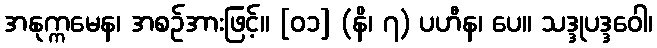
အနုက္ကမေန၊ အစဉ်အားဖြင့်။ [၀၁] (နိ၊ ၇) ပဟီန၊ ပေ။ သဒ္ဒုပဒ္ဒဝေါ၊